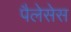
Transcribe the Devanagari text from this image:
पैलेसेस